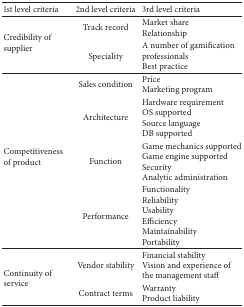
<table><thead><tr><td><b>1st level criteria</b></td><td><b>2nd level criteria</b></td><td><b>3rd level criteria</b></td></tr></thead><tbody><tr><td rowspan="2">Credibility of supplier</td><td>Track record</td><td>Market shareRelationship</td></tr><tr><td>Speciality</td><td>A number of gamification professionalsBest practice</td></tr><tr><td rowspan="4">Competitiveness of product</td><td>Sales condition</td><td>PriceMarketing program</td></tr><tr><td>Architecture</td><td>Hardware requirementOS supportedSource languageDB supported</td></tr><tr><td>Function</td><td>Game mechanics supportedGame engine supportedSecurityAnalytic administration</td></tr><tr><td>Performance</td><td>FunctionalityReliabilityUsabilityEfficiencyMaintainabilityPortability</td></tr><tr><td rowspan="2">Continuity of service</td><td>Vendor stability</td><td>Financial stabilityVision and experience of the management staff</td></tr><tr><td>Contract terms</td><td>WarrantyProduct liability</td></tr></tbody></table>